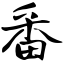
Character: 番